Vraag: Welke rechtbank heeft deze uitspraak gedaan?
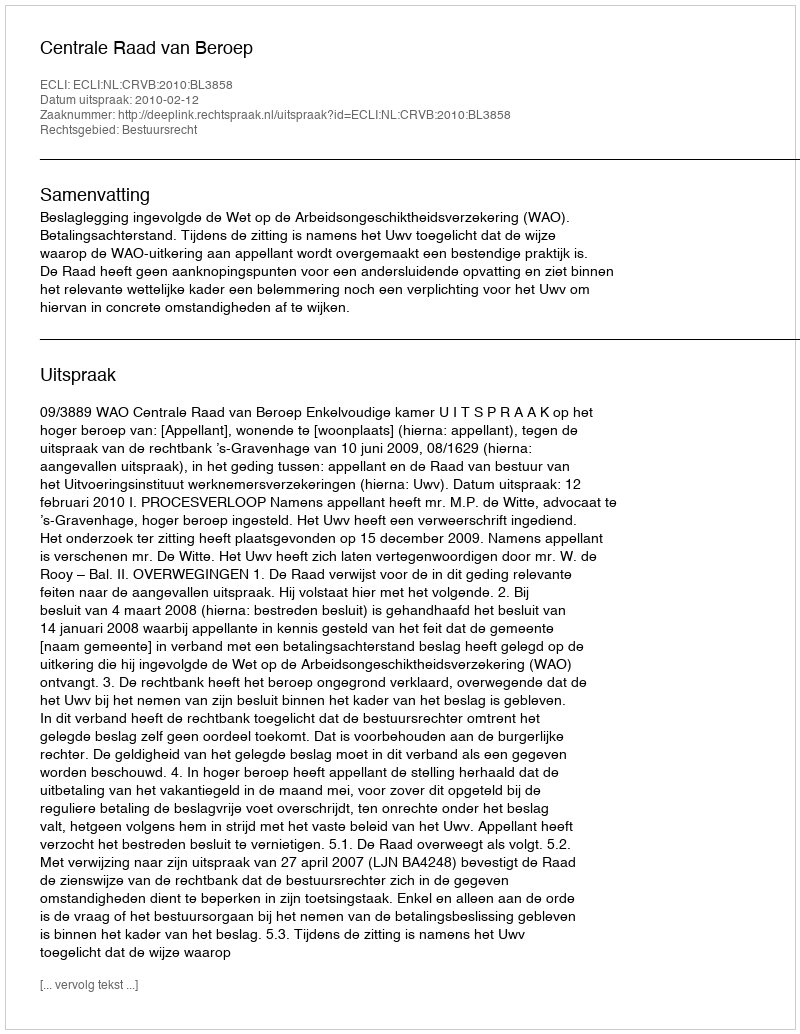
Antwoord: Centrale Raad van Beroep